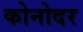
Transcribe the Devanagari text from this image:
कोनोदर